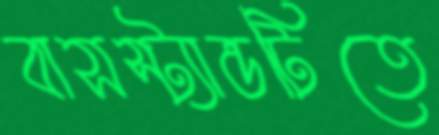
বাসস্ট্যান্ডটিতে